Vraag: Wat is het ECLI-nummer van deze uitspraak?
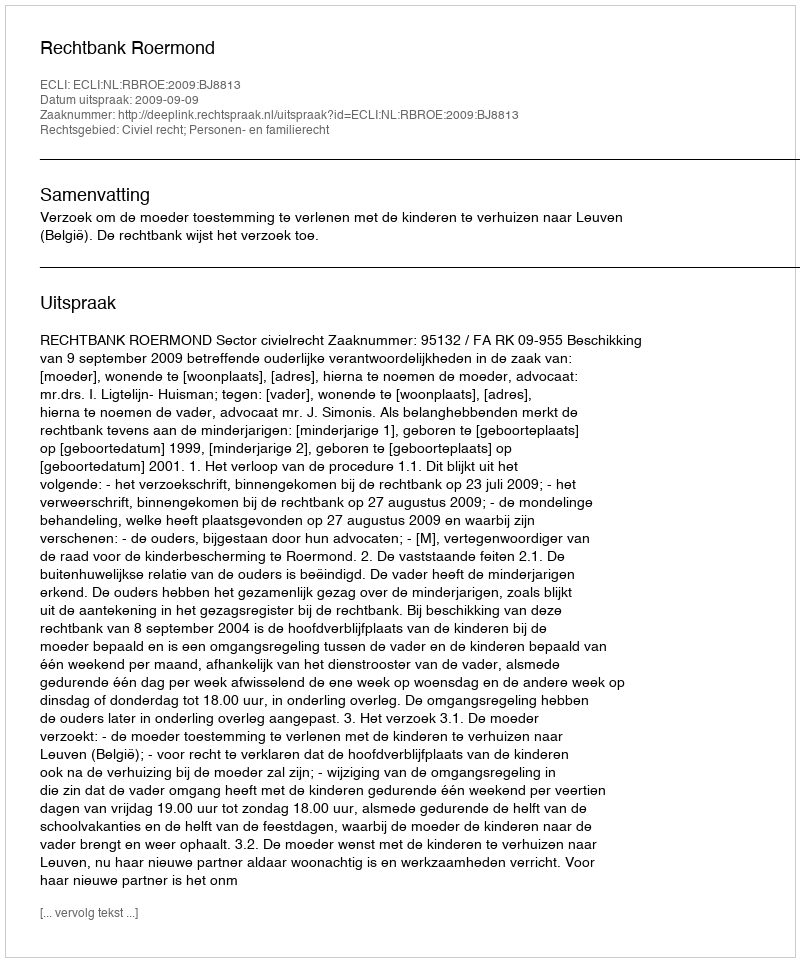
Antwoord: ECLI:NL:RBROE:2009:BJ8813